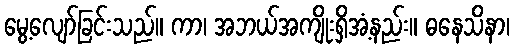
မွေ့လျော်ခြင်းသည်။ ကာ၊ အဘယ်အကျိုးရှိအံ့နည်း။ ဓနေသိနာ၊